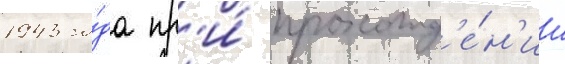
1943 го́да пр'и́ прохожд'е́н'ии